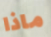
ماذا